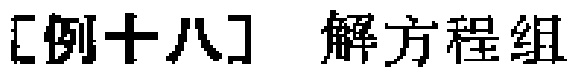
[例十八] 解方程组